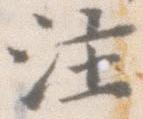
注